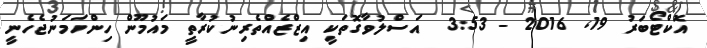
އޮކްޓޯބަރު 19